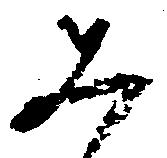
み